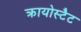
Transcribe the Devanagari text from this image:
क्रायोस्टैट